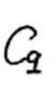
$C_{\mathrm{q}}$